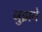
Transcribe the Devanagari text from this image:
जुझने